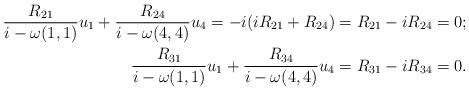
LaTeX: \begin{align*}\frac{R_{21}}{i-\omega(1,1)}u_1+\frac{R_{24}}{i-\omega(4,4)}u_4=-i(iR_{21}+R_{24})=R_{21}-iR_{24}=0;\\\frac{R_{31}}{i-\omega(1,1)}u_1+\frac{R_{34}}{i-\omega(4,4)}u_4=R_{31}-iR_{34}=0.\end{align*}